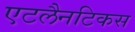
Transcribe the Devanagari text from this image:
एटलैनटिकस